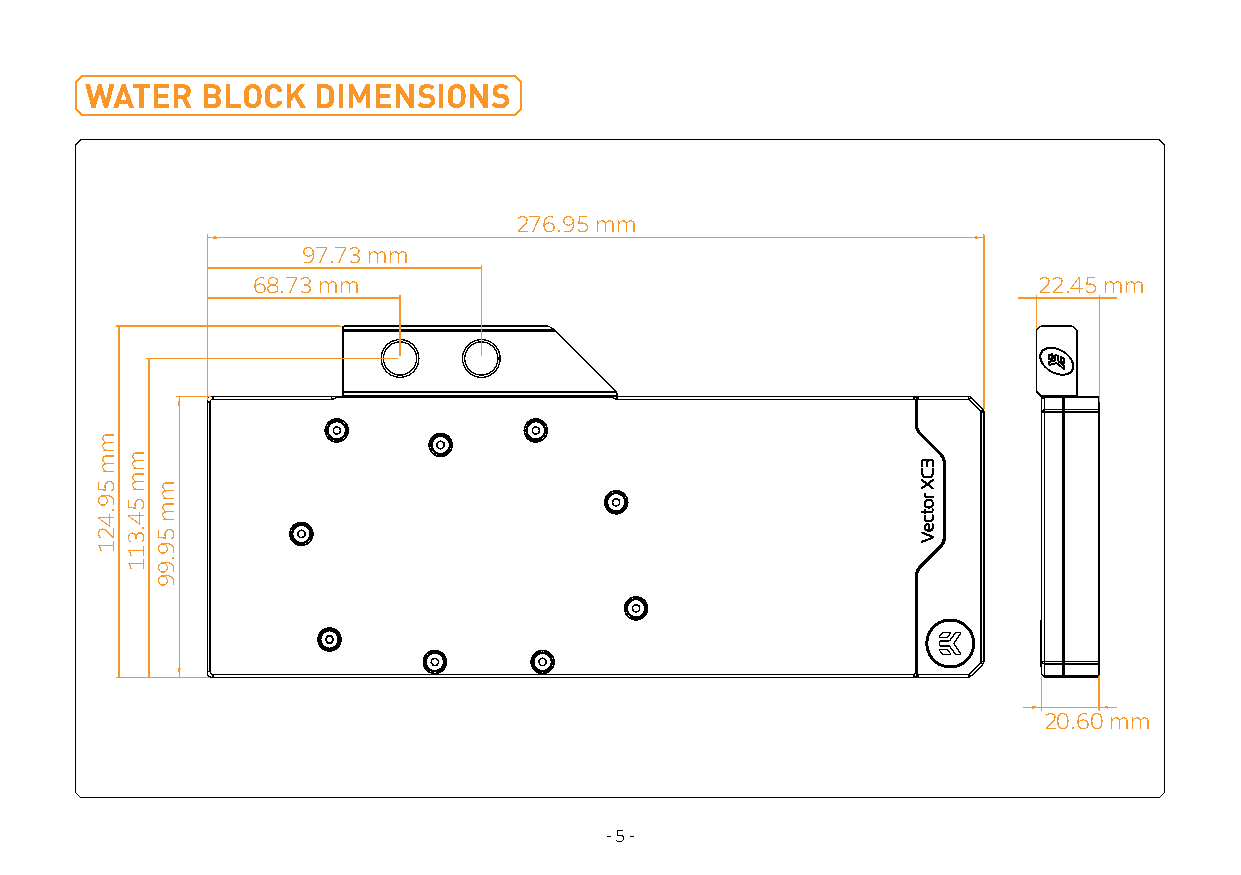
WATER  BLOCK   DIMENSIONS
 276.95 mm
 97.73 mm
 68.73 mm                                            22.45 mm
 20.60 mm
 - 5 -
 mm
 59.421
 mm
 54.311
 mm
 59.99